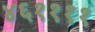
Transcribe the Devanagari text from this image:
४६११११